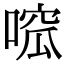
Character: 𠹁